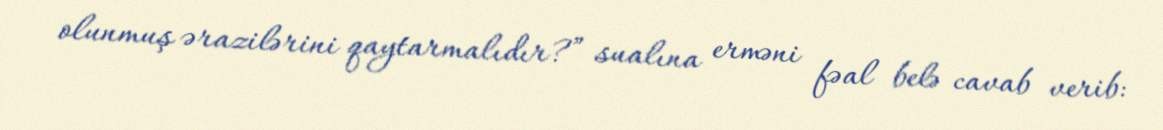
olunmuş ərazilərini qaytarmalıdır?” sualına erməni fəal belə cavab verib: